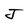
Character: J